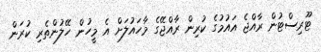
ޓޫރިސްޓުން ރާއްޖެ އައުމުގެ ކުރިން ރާއްޖޭގެ މާހައުލަށް އެ މީހުން ހޭލުންތެރި ކުރަން